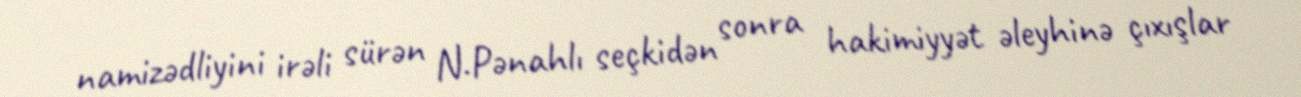
namizədliyini irəli sürən N.Pənahlı seçkidən sonra hakimiyyət əleyhinə çıxışlar